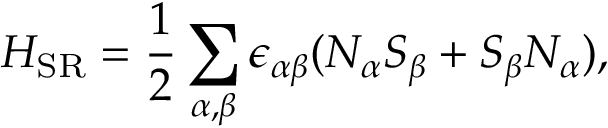
H _ { \mathrm { S R } } = \frac { 1 } { 2 } \sum _ { \alpha , \beta } \epsilon _ { \alpha \beta } ( N _ { \alpha } S _ { \beta } + S _ { \beta } N _ { \alpha } ) ,